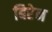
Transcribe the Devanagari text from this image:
बिरेन